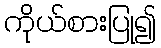
ကိုယ်စားပြု၍